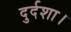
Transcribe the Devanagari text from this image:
दुर्दशा।